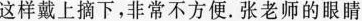
这样戴上摘下，非常不方便。张老师的眼睛